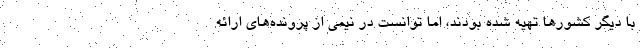
با دیگر کشورها تهیه شده بودند، اما توانست در نیمی از پرونده‌های ارائه